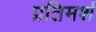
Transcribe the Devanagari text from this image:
प्रतिमर्श